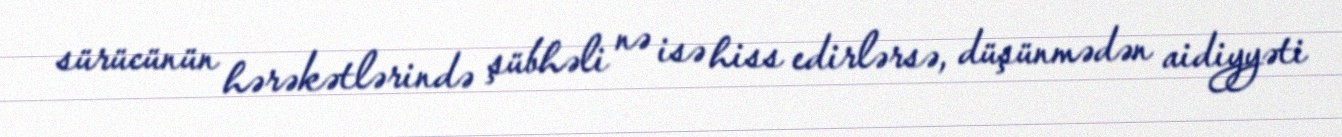
sürücünün hərəkətlərində şübhəli nə isə hiss edirlərsə, düşünmədən aidiyyəti